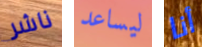
ناشر ليساعد أنا